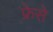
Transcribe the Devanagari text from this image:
फ्रेसे